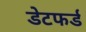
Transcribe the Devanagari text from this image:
डेटफर्ड